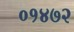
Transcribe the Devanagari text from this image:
०१४७२